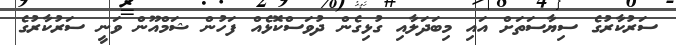
ސަރުކާރުގެ ސިޔާސަތަށް އައި މިބަދަލާއި ގުޅިގެން ދުވަސްކޮޅެއް ފަހުން ޝަމްއޫން ވަނީ ސަރުކާރުގެ